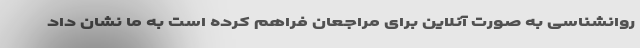
روانشناسی به صورت آنلاین برای مراجعان فراهم کرده است به ما نشان داد